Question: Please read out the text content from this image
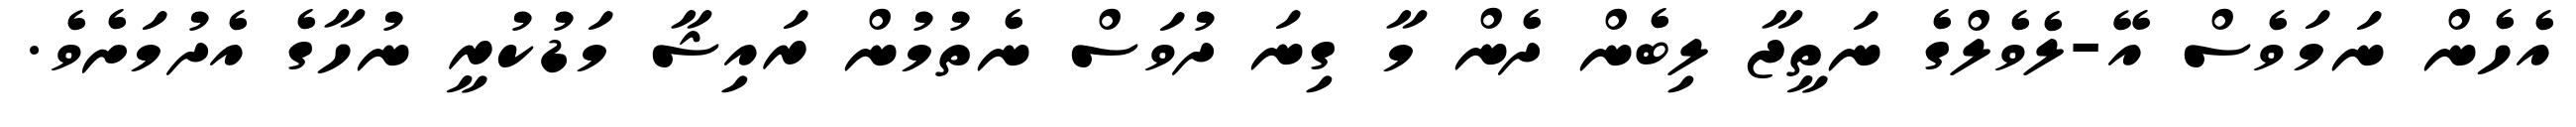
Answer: އެހެން ނަމަވެސް އޭ-ލެވެލްގެ ނަތީޖާ ލިބެން ދެން މާ ގިނަ ދުވަސް ނެތުމުން ރައިޝާ މަޑުކުރީ ނުހާގެ އެދުމަށެވެ.